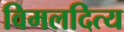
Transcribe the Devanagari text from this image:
विमलदित्य